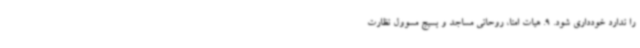
را ندارد خودداری شود. 9. هیات امنا، روحانی مساجد و بسیج مسوول نظارت